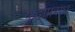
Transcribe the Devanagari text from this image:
युद्धापराध